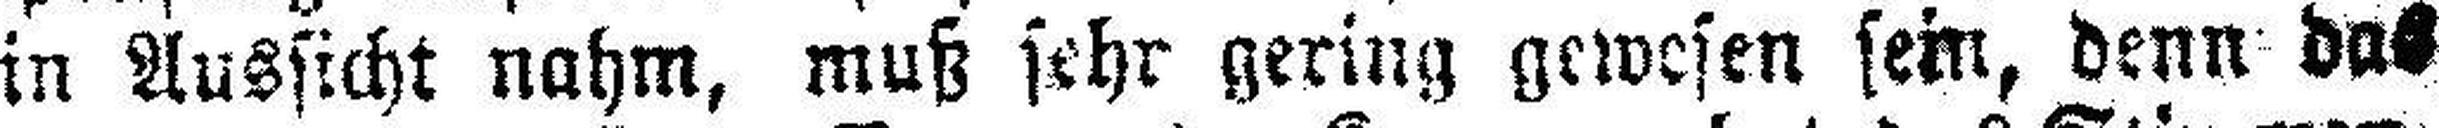
in Aussicht nahm, muß sehr gering gewesen sein, denn das